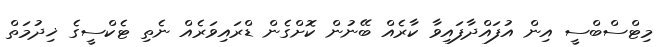
މިޓްސްބްސީ އިން އުފައްދާފައިވާ ކާރެއް ބޭނުން ކޮށްގެން ޑްރައިވަރެއް ނެތި ޓެކްސީގެ ޚިދުމަތް